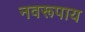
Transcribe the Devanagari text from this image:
नवरूपाय